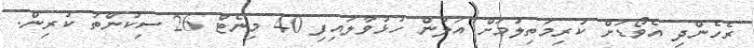
ރެހެންދި އެވޯޑަށް ކުރިމަތިލުމަށް އަލުން ހުޅުވާލައިފި 40 މިނެޓް 26 ސިކުންތު ކުރިން.